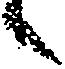
々